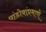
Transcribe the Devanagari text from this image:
पांडोबांप्रमाणे